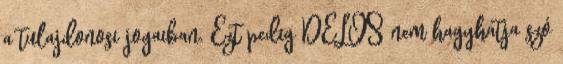
a tulajdonosi jogaiban. Ezt pedig DELOS nem hagyhatja szó